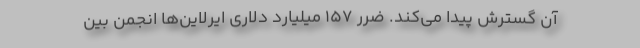
آن گسترش پیدا می‌کند. ضرر ۱۵۷ میلیارد دلاری ایرلاین‌ها انجمن بین